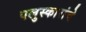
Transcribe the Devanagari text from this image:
पलुस्कारांचे